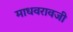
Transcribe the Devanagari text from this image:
माधवरावजी